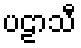
ပဠာသီ